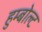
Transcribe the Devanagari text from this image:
हुम्बोल्ट